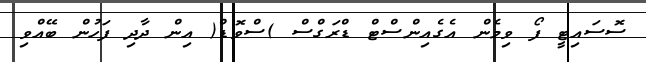
ސޮސައިޓީ ފޯ ވިމެން އެގެއިންސްޓް ޑްރަގްސް )ސްވޮޑް( އިން ދާދި ފަހުން ބޭއްވި